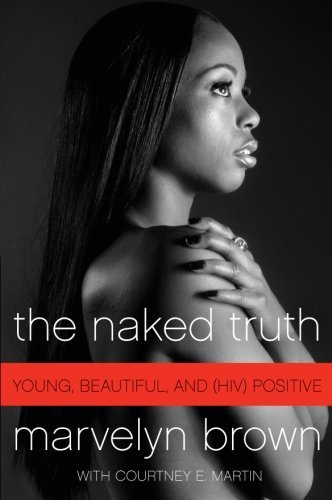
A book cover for The Naked Truth: Young, Beautiful, and (HIV) Positive; Marvelyn Brown; Health, Fitness & Dieting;